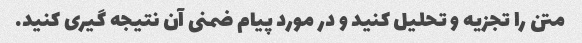
متن را تجزیه و تحلیل کنید و در مورد پیام ضمنی آن نتیجه گیری کنید.